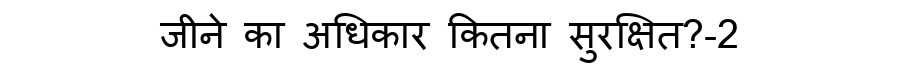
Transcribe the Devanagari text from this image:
जीने का अधिकार कितना सुरक्षित?-2